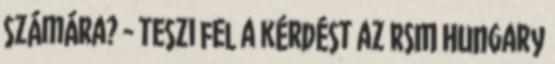
számára? - teszi fel a kérdést az RSM Hungary